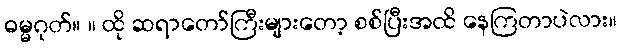
ဓမ္မဂုတ်။ ။ ထို ဆရာတော်ကြီးများတော့ စစ်ပြီးအထိ နေကြတာပဲလား။